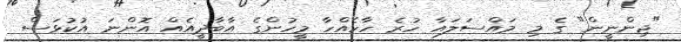
"ޖިންނީން" ގެ މި މައްސަލައާ ހުރެ ހާހެއްހާ މީހުންގެ އާބާދީއެއް އޮންނަ އުކުޅަސް